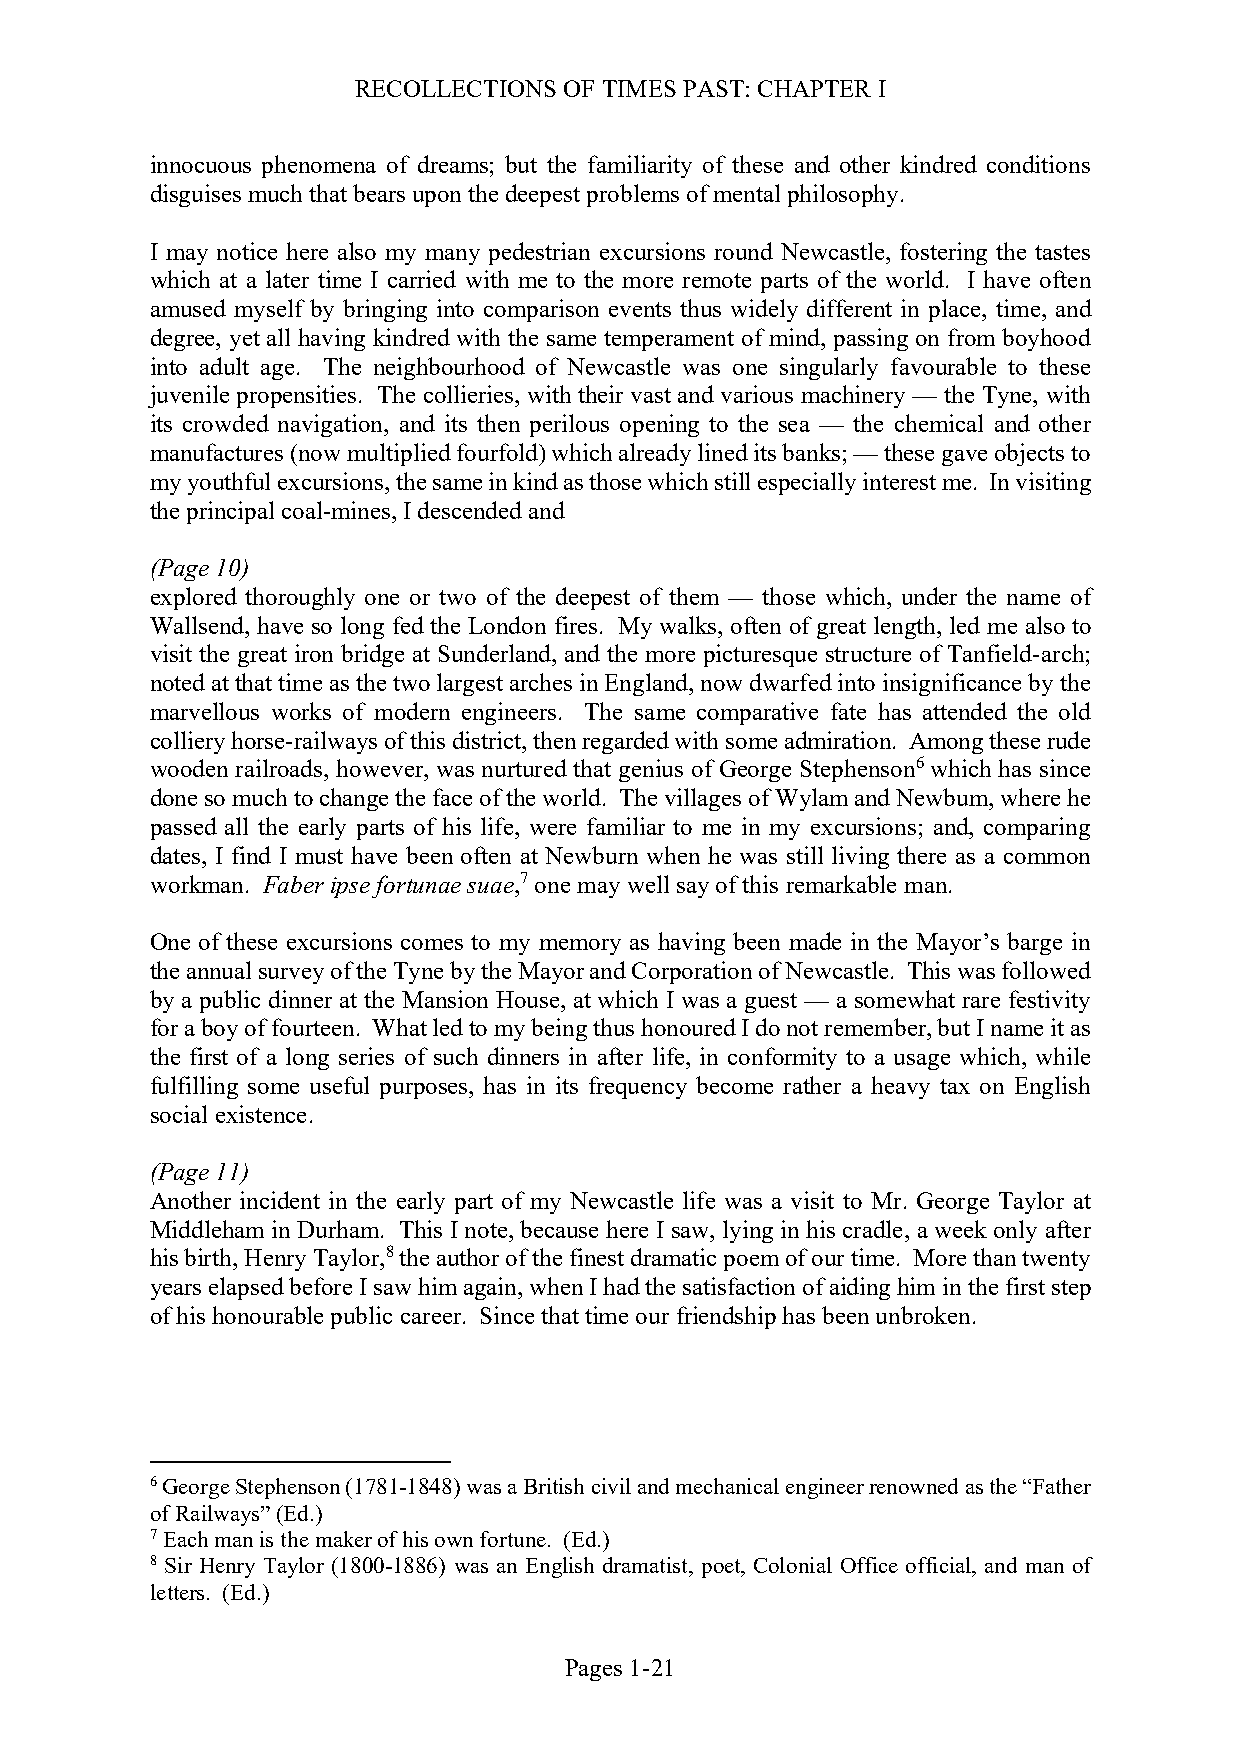
RECOLLECTIONS OF TIMES PAST: CHAPTER I
 innocuous phenomena of dreams; but the familiarity of these and other kindred conditions
 disguises much that bears upon the deepest problems of mental philosophy.
 I may notice here also my many pedestrian excursions round Newcastle, fostering the tastes
 which at a later time I carried with me to the more remote parts of the world. I have often
 amused myself by bringing into comparison events thus widely different in place, time, and
 degree, yet all having kindred with the same temperament of mind, passing on from boyhood
 into adult age. The neighbourhood of Newcastle was one singularly favourable to these
 juvenile propensities. The collieries, with their vast and various machinery — the Tyne, with
 its crowded navigation, and its then perilous opening to the sea — the chemical and other
 manufactures (now multiplied fourfold) which already lined its banks; — these gave objects to
 my youthful excursions, the same in kind as those which still especially interest me. In visiting
 the principal coal-mines, I descended and
 (Page 10)
 explored thoroughly one or two of the deepest of them — those which, under the name of
 Wallsend, have so long fed the London fires. My walks, often of great length, led me also to
 visit the great iron bridge at Sunderland, and the more picturesque structure of Tanfield-arch;
 noted at that time as the two largest arches in England, now dwarfed into insignificance by the
 marvellous works of modern engineers. The same comparative fate has attended the old
 colliery horse-railways of this district, then regarded with some admiration. Among these rude
 wooden railroads, however, was nurtured that genius of George Stephenson6 which has since
 done so much to change the face of the world. The villages of Wylam and Newbum, where he
 passed all the early parts of his life, were familiar to me in my excursions; and, comparing
 dates, I find I must have been often at Newburn when he was still living there as a common
 workman. Faber ipse fortunae suae,7 one may well say of this remarkable man.
 One of these excursions comes to my memory as having been made in the Mayor’s barge in
 the annual survey of the Tyne by the Mayor and Corporation of Newcastle. This was followed
 by a public dinner at the Mansion House, at which I was a guest — a somewhat rare festivity
 for a boy of fourteen. What led to my being thus honoured I do not remember, but I name it as
 the first of a long series of such dinners in after life, in conformity to a usage which, while
 fulfilling some useful purposes, has in its frequency become rather a heavy tax on English
 social existence.
 (Page 11)
 Another incident in the early part of my Newcastle life was a visit to Mr. George Taylor at
 Middleham in Durham. This I note, because here I saw, lying in his cradle, a week only after
 his birth, Henry Taylor,8 the author of the finest dramatic poem of our time. More than twenty
 years elapsed before I saw him again, when I had the satisfaction of aiding him in the first step
 of his honourable public career. Since that time our friendship has been unbroken.
 6 George Stephenson (1781-1848) was a British civil and mechanical engineer renowned as the “Father
 of Railways” (Ed.)
 7 Each man is the maker of his own fortune. (Ed.)
 8 Sir Henry Taylor (1800-1886) was an English dramatist, poet, Colonial Office official, and man of
 letters. (Ed.)
 Pages 1-21